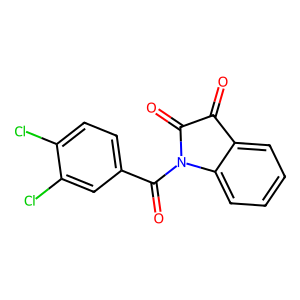
SMILES: O=C1C(=O)N(C(=O)c2ccc(Cl)c(Cl)c2)c2ccccc21
Inhibits HIV replication: No